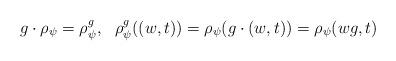
LaTeX: \begin{align*} g\cdot \rho_{\psi} = \rho_{\psi}^g, \ \ \rho_{\psi}^g((w,t)) = \rho_{\psi}(g\cdot (w,t)) = \rho_{\psi}(wg, t)\end{align*}